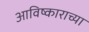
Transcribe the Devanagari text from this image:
आविष्काराच्या